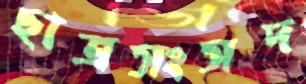
ছাত্রসংসদ